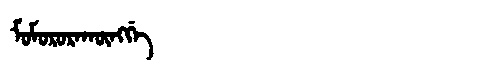
Manchu: ᠮᠣᠮᠣᡵᠣᡵᠠᡴᡡᠩᡤᡝ
Romanization: MOMORORAKŪNGGE